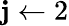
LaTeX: \mathbf{j}\gets2